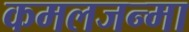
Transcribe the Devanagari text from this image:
कमलजन्मा